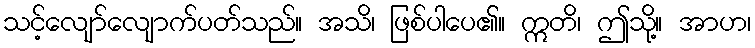
သင့်လျော်လျောက်ပတ်သည်။ အသိ၊ ဖြစ်ပါပေ၏။ ဣတိ၊ ဤသို့။ အာဟ၊